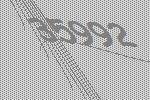
35992